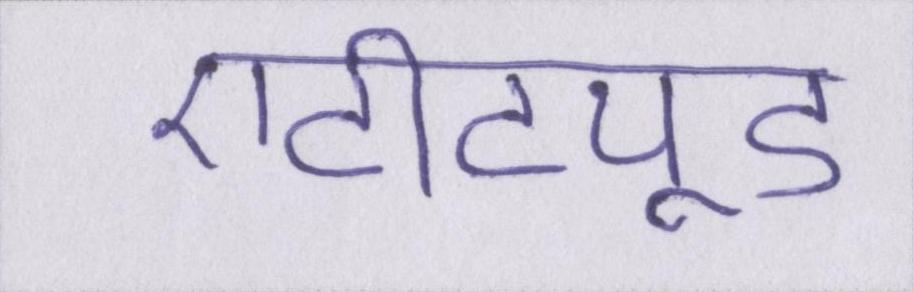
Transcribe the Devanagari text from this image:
एटीट्यूड